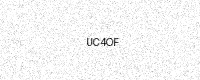
Text: UC4OF